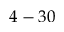
4 - 3 0